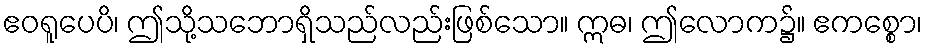
ဧဝရူပေပိ၊ ဤသို့သဘောရှိသည်လည်းဖြစ်သော။ ဣဓ၊ ဤလောက၌။ ဧကစ္စော၊